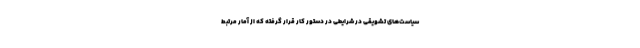
سیاست‌های تشویقی در شرایطی در دستور کار قرار گرفته که از آمار مرتبط